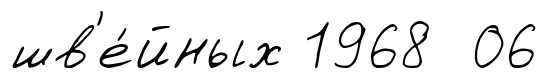
шв'е́йных 1968 06